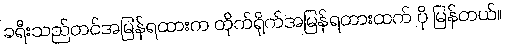
ခရီးသည်တင်အမြန်ရထားက တိုက်ရိုက်အမြန်ရထားထက် ပို မြန်တယ်။